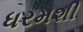
ધરમશી